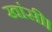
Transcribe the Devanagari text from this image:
खांसी।